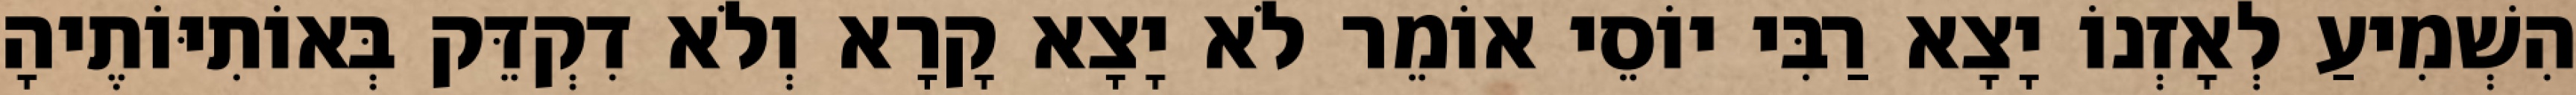
הִשְׁמִיעַ לְאָזְנוֹ יָצָא רַבִּי יוֹסֵי אוֹמֵר לֹא יָצָא קָרָא וְלֹא דִקְדֵּק בְּאוֹתִיּוֹתֶיהָ